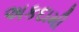
અકદામી